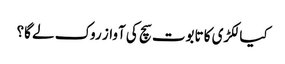
کیا لکڑی کا تابوت سچ کی آواز روک لے گا؟